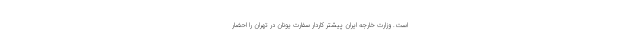
است. وزارت خارجه ایران پیشتر کاردار سفارت یونان در تهران را احضار